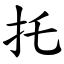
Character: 托